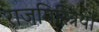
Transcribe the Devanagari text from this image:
राजमिस्त्रियों